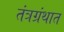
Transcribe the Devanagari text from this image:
तंत्रग्रंथात